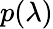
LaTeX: p(\lambda)